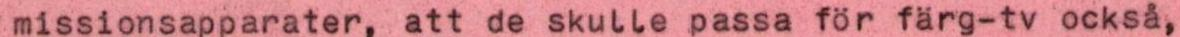
missionsapparater, att de skulle passa för färg-tv också,